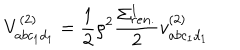
V _ { a b c _ { 1 } d _ { 1 } } ^ { ( 2 ) } = \frac { 1 } { 2 } \rho ^ { 2 } \frac { \Sigma _ { r e n . } ^ { 1 } } { 2 } v _ { a b c _ { 1 } d _ { 1 } } ^ { ( 2 ) }